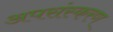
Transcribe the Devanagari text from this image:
अपसंस्करण